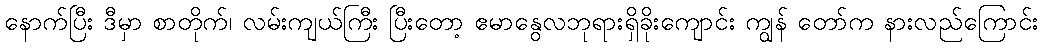
နောက်ပြီး ဒီမှာ စာတိုက်၊ လမ်းကျယ်ကြီး ပြီးတော့ ဧမာနွေလဘုရားရှိခိုးကျောင်း ကျွန် တော်က နားလည်ကြောင်း